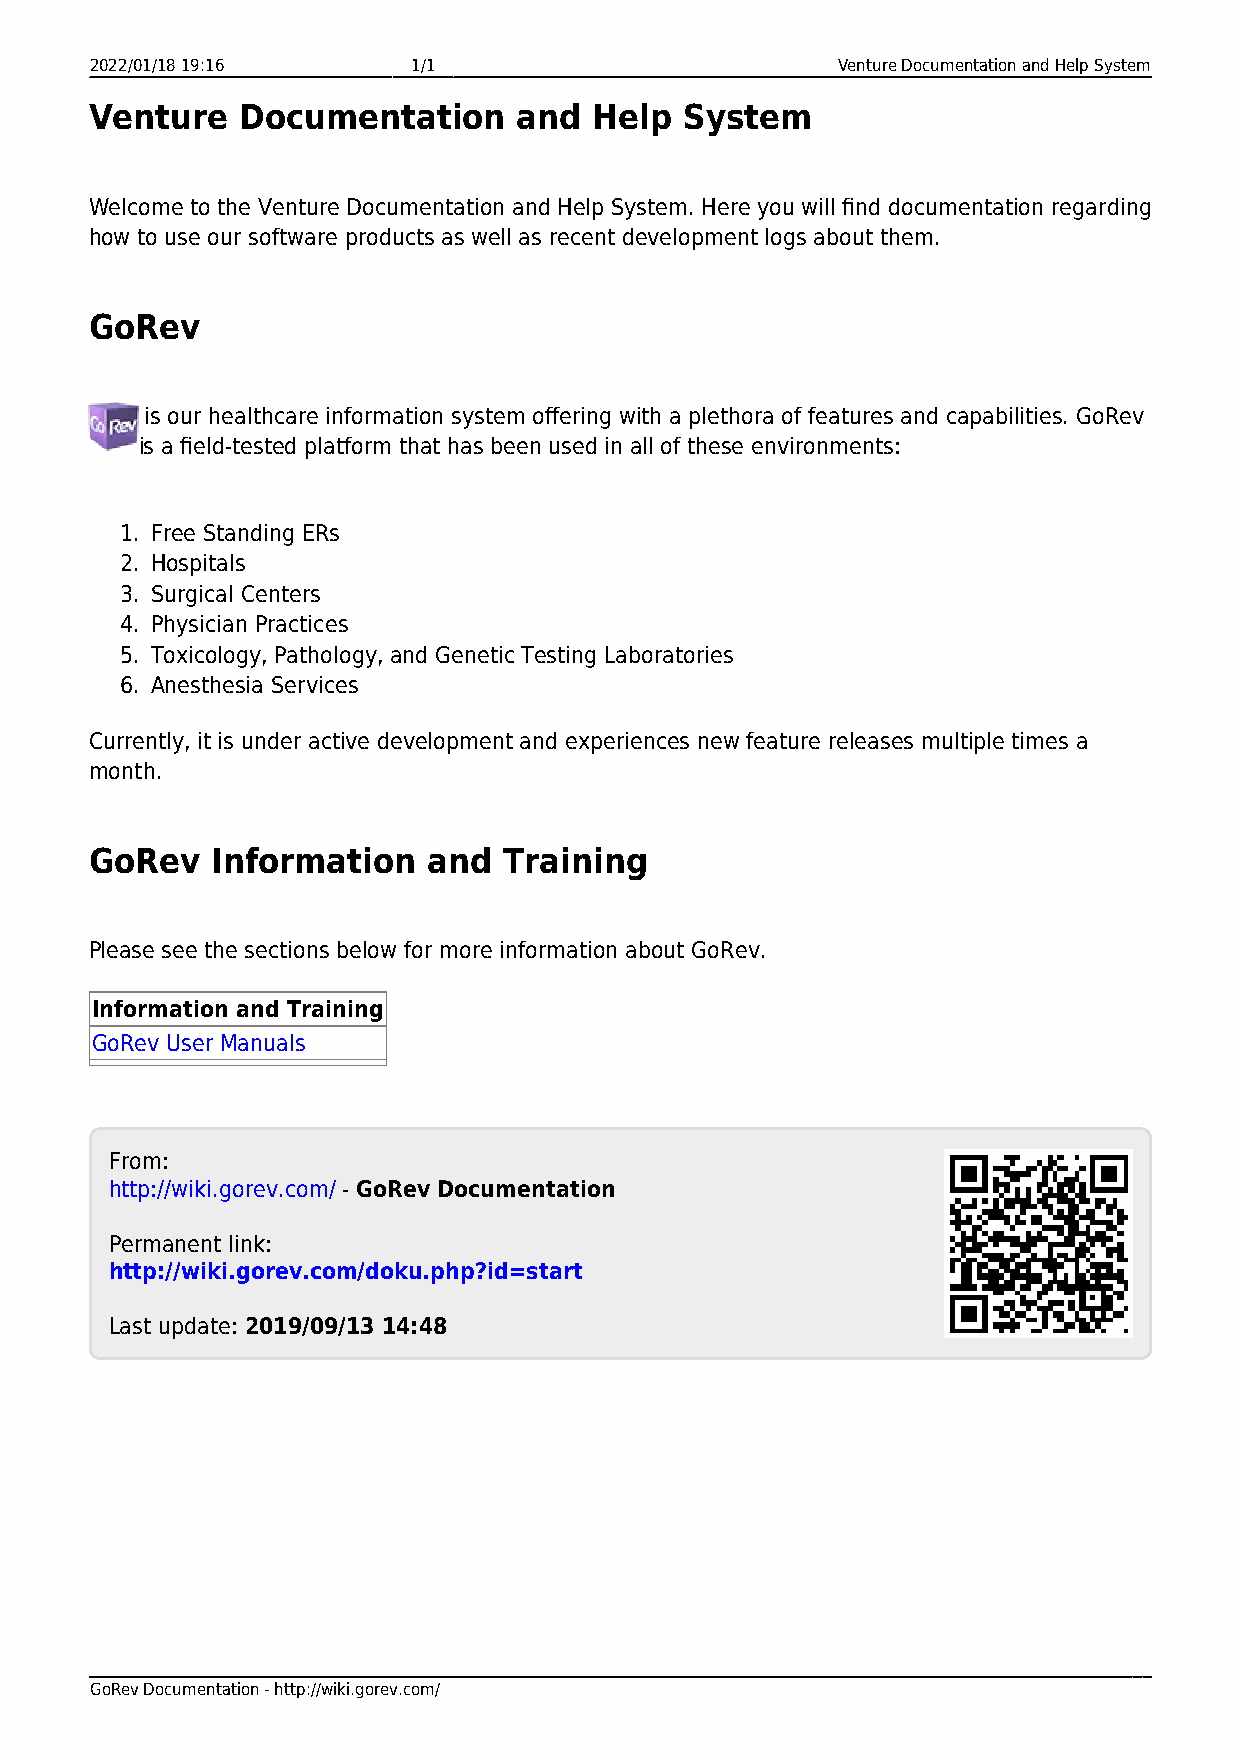
2022/01/18 19:16     1/1                         Venture Documentation and Help System
 Venture   Documentation     and  Help  System
 Welcome to the Venture Documentation and Help System. Here you will find documentation regarding
 how to use our software products as well as recent development logs about them.
 GoRev
 is our healthcare information system offering with a plethora of features and capabilities. GoRev
 is a field-tested platform that has been used in all of these environments:
 1. Free Standing ERs
 2. Hospitals
 3. Surgical Centers
 4. Physician Practices
 5. Toxicology, Pathology, and Genetic Testing Laboratories
 6. Anesthesia Services
 Currently, it is under active development and experiences new feature releases multiple times a
 month.
 GoRev   Information   and  Training
 Please see the sections below for more information about GoRev.
 Information and Training
 GoRev User Manuals
 From:
 http://wiki.gorev.com/ - GoRev Documentation
 Permanent link:
 http://wiki.gorev.com/doku.php?id=start
 Last update: 2019/09/13 14:48
 GoRev Documentation - http://wiki.gorev.com/